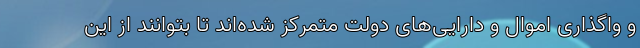
و واگذاری اموال و دارایی‌های دولت متمرکز شده‌اند تا بتوانند از این